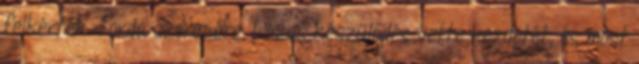
felkérték Torda szerepére. Lázas készülődés vette kezdetét, és most